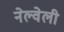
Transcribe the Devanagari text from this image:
नेल्वेली